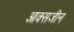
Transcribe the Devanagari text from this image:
आक्सजीन